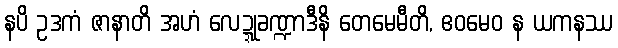
နပိ ဥဒကံ ဇာနာတိ အဟံ လေဍ္ဍုခဏ္ဍာဒီနိ တေမေမီတိ, ဧဝမေဝ န ယကနဿ